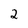
Character: 2